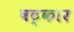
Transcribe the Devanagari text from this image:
षट्‌कार